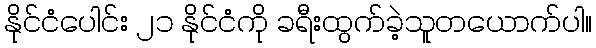
နိုင်ငံပေါင်း ၂၁ နိုင်ငံကို ခရီးထွက်ခဲ့သူတယောက်ပါ။